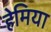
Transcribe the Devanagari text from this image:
हेमिया